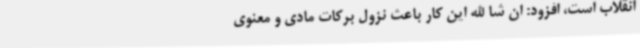
انقلاب است، افزود: ‌ان شا الله این کار باعث نزول برکات مادی و معنوی